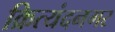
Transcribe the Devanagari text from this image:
क्रित्यंदनगर